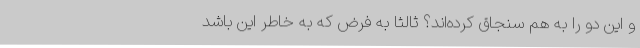
و این دو را به هم سنجاق کرده‌اند؟ ثالثاً به فرض که به خاطر این باشد